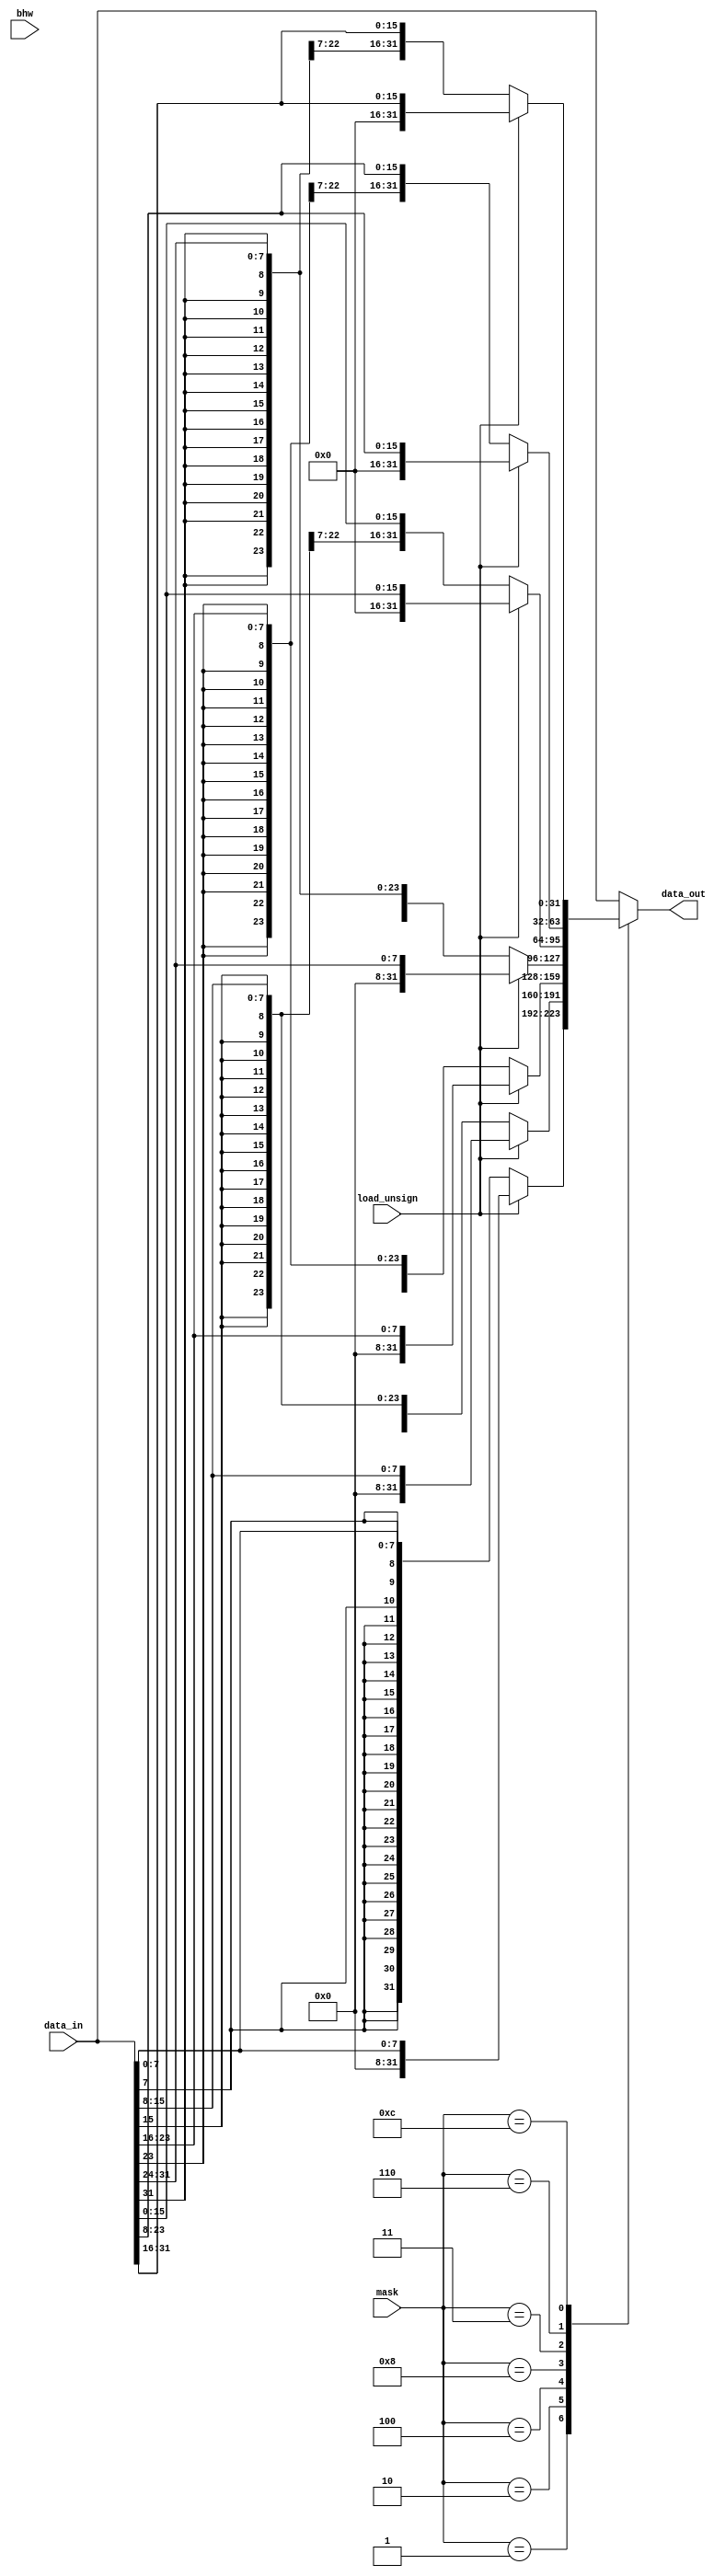

module mask_bhw(bhw,mask,load_unsign,data_in,data_out);
    input [3:0]bhw;
    input [31:0] data_in;
    input load_unsign;
    output [31:0] data_out;
    input [3:0] mask;
    reg [31:0] data_unsign;
    assign  data_out=data_unsign;
    always @(*) begin
            data_unsign=data_in;
            case (mask)
                4'h1: data_unsign=(load_unsign)? {24'b0,data_in[7:0]}:{{24{data_in[7]}},data_in[7:0]};
                4'h2: data_unsign=(load_unsign)? {24'b0,data_in[15:8]}:{{24{data_in[15]}},data_in[15:8]};
                4'h4: data_unsign=(load_unsign)? {24'b0,data_in[23:16]}:{{24{data_in[23]}},data_in[23:16]};
                4'h8: data_unsign=(load_unsign)? {24'b0,data_in[31:24]}:{{24{data_in[31]}},data_in[31:24]};
                4'h3: data_unsign=(load_unsign)? {16'b0,data_in[15:0]}:{{16{data_in[15]}},data_in[15:0]};
                4'h6: data_unsign=(load_unsign)? {16'b0,data_in[23:8]}:{{16{data_in[23]}},data_in[23:8]};
                4'hc: data_unsign=(load_unsign)? {16'b0,data_in[31:16]}:{{16{data_in[31]}},data_in[31:16]};
            endcase 
        end

endmodule